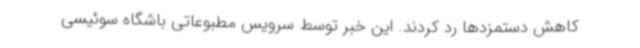
کاهش دستمزدها رد کردند. این خبر توسط سرویس مطبوعاتی باشگاه سوئیسی